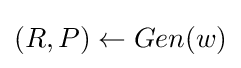
(R,P)\leftarrow Gen(w)